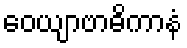
ဝေယျာဗာဓိကာနံ